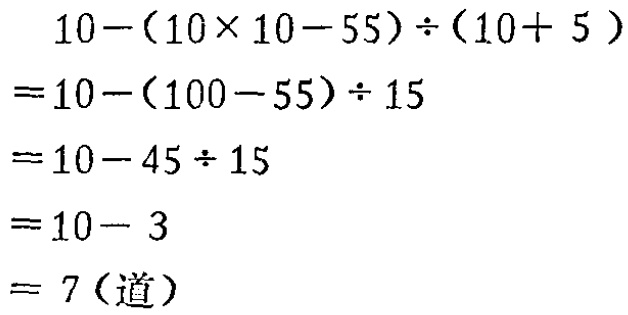
\[
\begin{align*}
&10-(10\times10 - 55)\div(10 + 5)\\
=&10-(100 - 55)\div15\\
=&10 - 45\div15\\
=&10 - 3\\
=&7(\text{道})
\end{align*}
\]